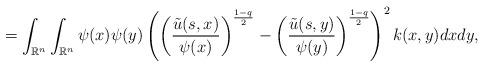
LaTeX: \begin{align*} = \int_{\mathbb{R}^{n}}\int_{\mathbb{R}^{n}}\psi(x)\psi(y)\left( \left( \frac{\tilde{u}(s,x)}{\psi(x)} \right)^{\frac{1-q}{2}} - \left( \frac{\tilde{u}(s,y)}{\psi(y)} \right)^{\frac{1-q}{2}} \right)^{2}k(x,y)dxdy,\end{align*}